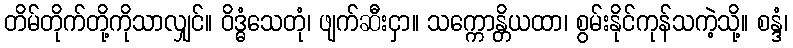
တိမ်တိုက်တို့ကိုသာလျှင်။ ဝိဒ္ဓံသေတုံ၊ ဖျက်ဆီးငှာ။ သက္ကောန္တိယထာ၊ စွမ်းနိုင်ကုန်သကဲ့သို့။ စန္ဒံ၊